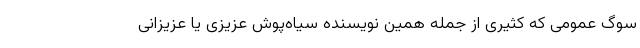
سوگ عمومی که کثیری از جمله همین نویسنده سیاه‌پوش عزیزی یا عزیزانی